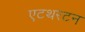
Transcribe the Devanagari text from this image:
एटथरटन